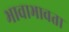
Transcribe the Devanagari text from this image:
भावाभावता